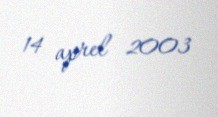
14 aprel 2003